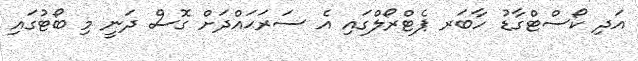
އަދި ކޯސްޓްގާޑު ހާބަރ ޕެޓްރޯލްގައި އެ ސަރަޙައްދަށް ގޮސް ދަނީ މި ބޯޓުގައި